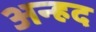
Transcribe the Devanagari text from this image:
अन्‍हद